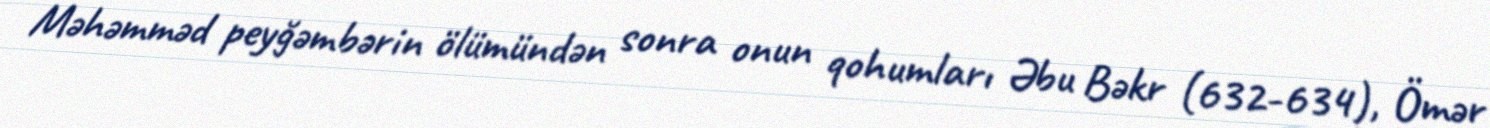
Məhəmməd peyğəmbərin ölümündən sonra onun qohumları Əbu Bəkr (632-634), Ömər